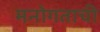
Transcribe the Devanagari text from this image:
मनोगताची